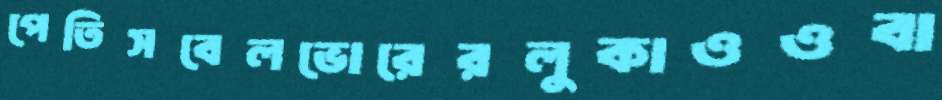
পেতিসবেলভোরেরলুকাওওবা